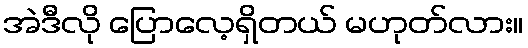
အဲဒီလို ပြောလေ့ရှိတယ် မဟုတ်လား။